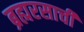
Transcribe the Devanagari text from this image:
ब्रह्मरसाची